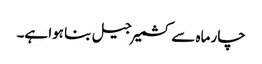
چار ماہ سے کشمیر جیل بنا ہوا ہے۔